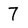
Character: 7